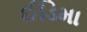
ઈડિમા